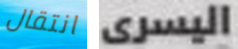
انتقال اليسرى